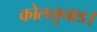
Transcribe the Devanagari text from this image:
कोलत्तुनाड।